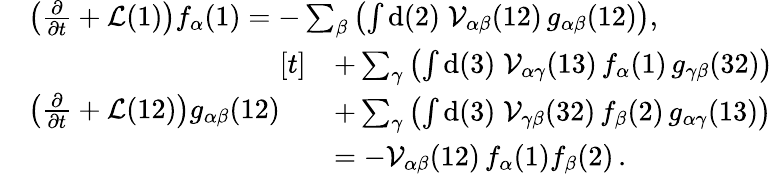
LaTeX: \begin{array}{rl}&{\left(\frac{\partial}{\partial t}+\mathcal{L}(1)\right)f_{\alpha}(1)=-\sum_{\beta}\left(\int\mathrm{d}(2)\; \mathcal{V}_{\alpha\beta}(12)\, g_{\alpha\beta}(12)\right),}\\ &{\left(\frac{\partial}{\partial t}+\mathcal{L}(12)\right)g_{\alpha\beta}(12)\begin{array}{rl}{[t]}&{+\sum_{\gamma}\left(\int\mathrm{d}(3)\; \mathcal{V}_{\alpha\gamma}(13)\, f_{\alpha}(1)\, g_{\gamma\beta}(32)\right)}\\ &{+\sum_{\gamma}\left(\int\mathrm{d}(3)\; \mathcal{V}_{\gamma\beta}(32)\, f_{\beta}(2)\, g_{\alpha\gamma}(13)\right)}\\ &{=-\mathcal{V}_{\alpha\beta}(12)\, f_{\alpha}(1)f_{\beta}(2)\, .}\end{array}}\end{array}